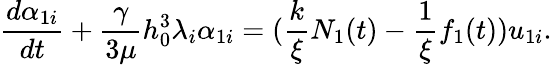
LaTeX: \frac{d\alpha_{1i}}{dt}+\frac{\gamma}{3\mu}h_{0}^{3}\lambda_{i}\alpha_{1i}=(\frac{k}{\xi}N_{1}(t)-\frac{1}{\xi}f_{1}(t))u_{1i}.